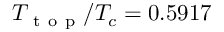
T _ { \mathrm { ~ t ~ o ~ p ~ } } / T _ { c } = 0 . 5 9 1 7